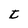
Character: t